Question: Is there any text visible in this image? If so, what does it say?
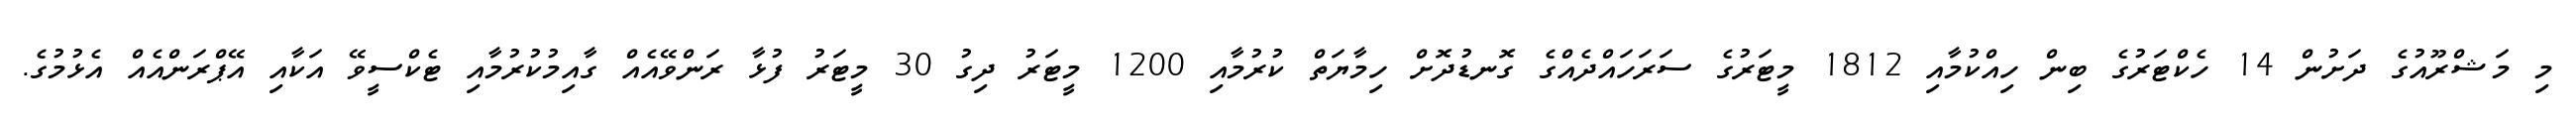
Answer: މި މަޝްރޫއުގެ ދަށުން 14 ހެކްޓަރުގެ ބިން ހިއްކުމާއި 1812 މީޓަރުގެ ސަރަހައްދެއްގެ ގޮނޑުދޮށް ހިމާޔަތް ކުރުމާއި 1200 މީޓަރު ދިގު 30 މީޓަރު ފުޅާ ރަންވޭއެއް ގާއިމުކުރުމާއި ޓެކްސީވޭ އަކާއި އޭޕްރަންއެއް އެޅުމުގެ.